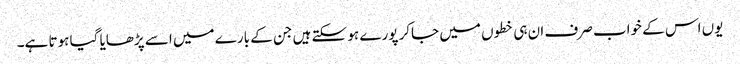
یوں اس کے خواب صرف ان ہی خطوں میں جاکر پورے ہو سکتے ہیں جن کے بارے میں اسے پڑھایا گیا ہوتا ہے۔